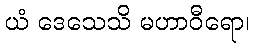
ယံ ဒေသေသိ မဟာဝီရော၊